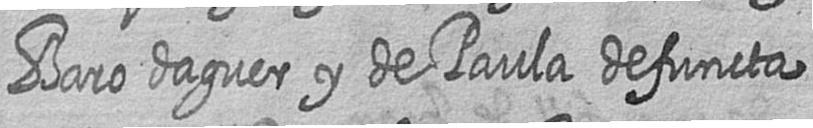
Baro daguer y de Paula defuncta